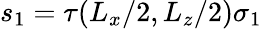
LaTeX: s_{1}=\tau(L_{x}/2,L_{z}/2)\sigma_{1}